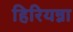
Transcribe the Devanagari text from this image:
हिरियन्ना